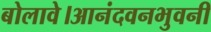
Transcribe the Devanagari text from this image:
बोलावे।आनंदवनभुवनी